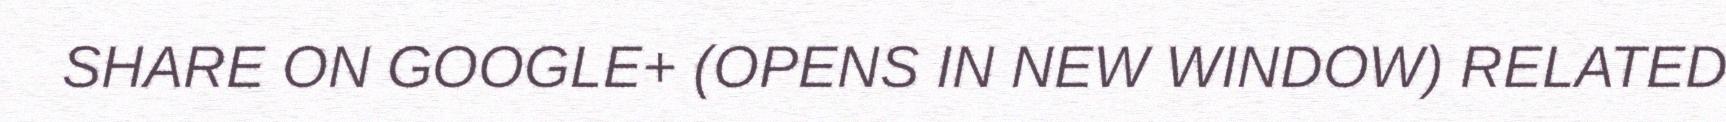
SHARE ON GOOGLE+ (OPENS IN NEW WINDOW) RELATED